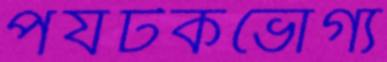
পর্যটকভোগ্য